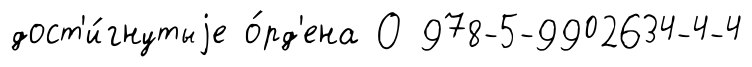
дост'и́гнутыjе о́рд'ена О 978-5-9902634-4-4